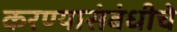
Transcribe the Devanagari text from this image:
करण्यासंबंधीचे